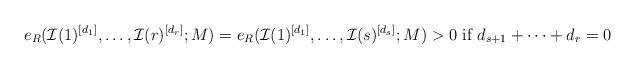
LaTeX: \begin{align*}e_R(\mathcal I(1)^{[d_1]},\ldots,\mathcal I(r)^{[d_r]};M)=e_R(\mathcal I(1)^{[d_1]},\ldots,\mathcal I(s)^{[d_s]};M)> 0\mbox{ if }d_{s+1}+\cdots+d_r=0\end{align*}